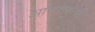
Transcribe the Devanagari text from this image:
आचरणार्‍या